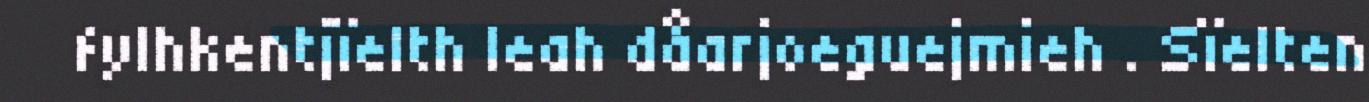
fylhkentjïelth leah dåarjoeguejmieh . Sïelten